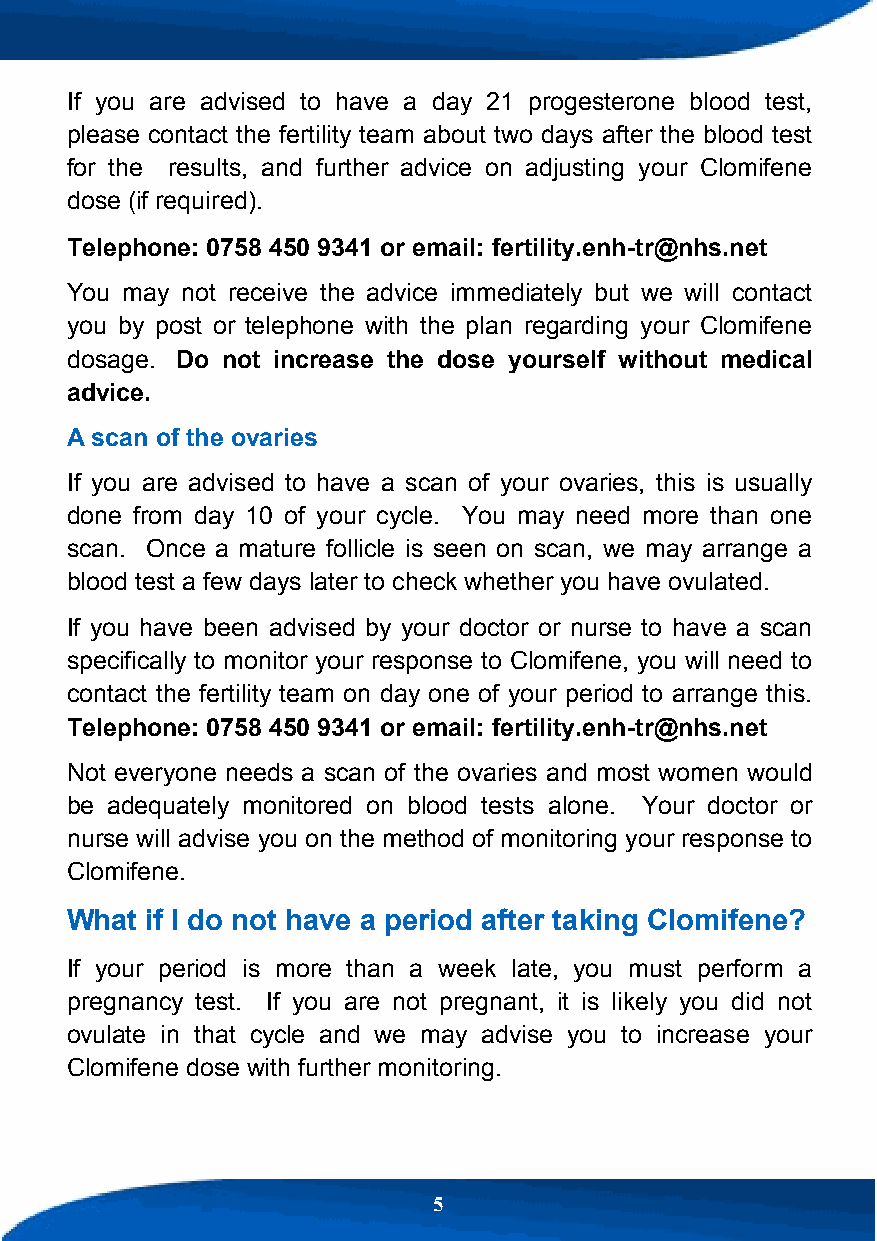
If you are advised to have a day 21 progesterone blood test,
 please contact the fertility team about two days after the blood test
 for the results, and further advice on adjusting your Clomifene
 dose (if required).
 Telephone: 0758 450 9341 or email: fertility.enh-tr@nhs.net
 You may not receive the advice immediately but we will contact
 you by post or telephone with the plan regarding your Clomifene
 dosage. Do not increase the dose yourself without medical
 advice.
 A scan of the ovaries
 If you are advised to have a scan of your ovaries, this is usually
 done from day 10 of your cycle. You may need more than one
 scan. Once a mature follicle is seen on scan, we may arrange a
 blood test a few days later to check whether you have ovulated.
 If you have been advised by your doctor or nurse to have a scan
 specifically to monitor your response to Clomifene, you will need to
 contact the fertility team on day one of your period to arrange this.
 Telephone: 0758 450 9341 or email: fertility.enh-tr@nhs.net
 Not everyone needs a scan of the ovaries and most women would
 be adequately monitored on blood tests alone. Your doctor or
 nurse will advise you on the method of monitoring your response to
 Clomifene.
 What  if I do not have a period after taking Clomifene?
 If your period is more than a week late, you must perform a
 pregnancy test. If you are not pregnant, it is likely you did not
 ovulate in that cycle and we may advise you to increase your
 Clomifene dose with further monitoring.
 5